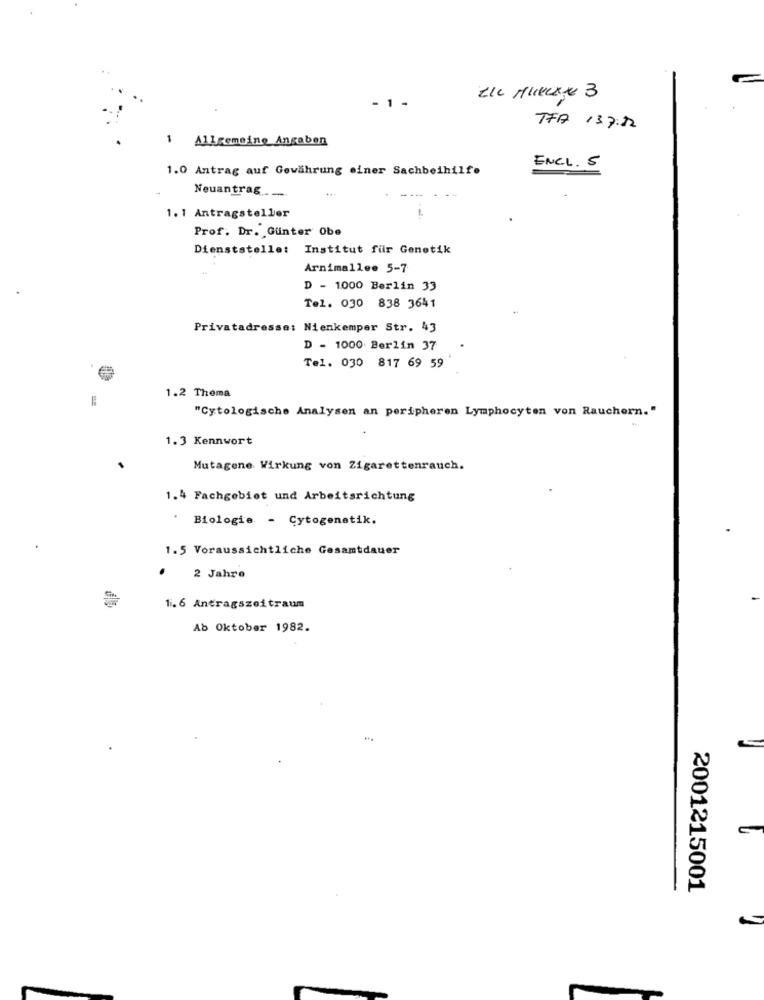
- 1 .
TFA 137:22
-
Allgemeine Angaben
ENCL. 5
1.0 Antrag auf Gewährung einer Sachbeihilfe
Neuantrag ____
1.1 Antragsteller
Prof. Dr. Günter Obe
Dienststelle: Institut für Genetik
Arnimallee 5-7
D - 1000 Berlin 33
Tel. 030 838 3641
Privatadresse: Nienkemper Str. 43
D - 1000 Berlin 37
Tel. 030 817 69 59
1.2 Thema
"Cytologische Analysen an peripheren Lymphocyten von Rauchern."
1.3 Kennwort
Mutagene Wirkung von Zigarettenrauch.
1.4 Fachgebiet und Arbeitsrichtung
Biologie - Cytogenetik.
1-5 Voraussichtliche Gesamtdauer
.
2 Jahre
1.6 Antragszeitraum
Ab Oktober 1982.
2001215001